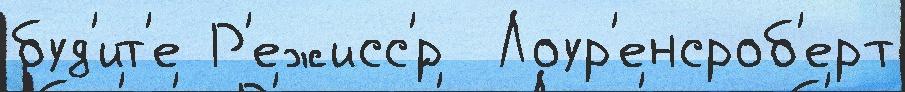
буд'ит'е Р'ежисс'́р  Лоур'енсроб'ерт